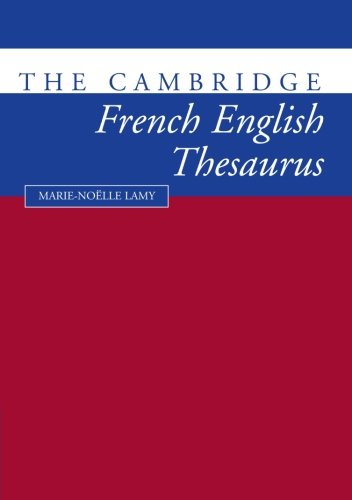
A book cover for The Cambridge French-English Thesaurus; Marie-Noklle Lamy; Reference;